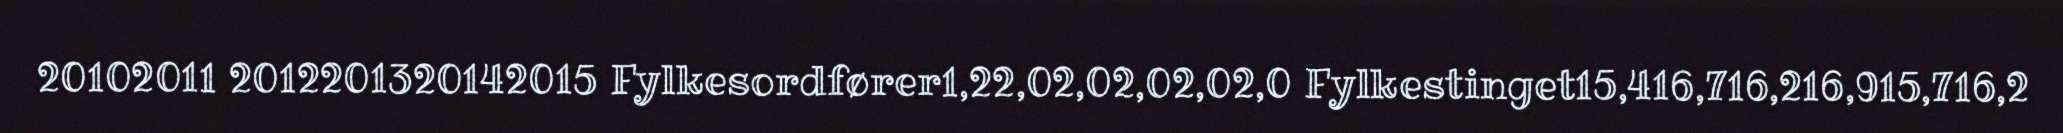
20102011 2012201320142015 Fylkesordfører1,22,02,02,02,02,0 Fylkestinget15,416,716,216,915,716,2